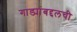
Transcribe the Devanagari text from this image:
गाड्यांबद्दलची